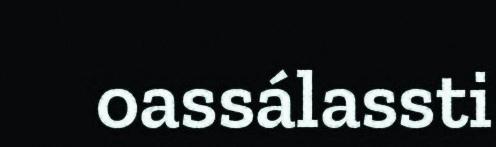
oassálassti